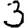
Digit: 3